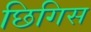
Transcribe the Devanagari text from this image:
छिगिस